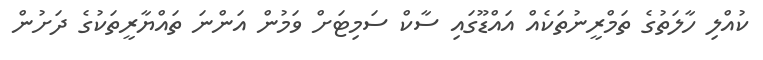
ކުއްލި ހާލަތުގެ ތަމްރީނުތަކެއް އައްޑޫގައި ސާކް ސަމިޓަށް ވަމުން އަންނަ ތައްޔާރީތަކުގެ ދަށުން